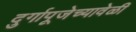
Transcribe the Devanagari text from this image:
दुर्गापूजेच्यावेळी